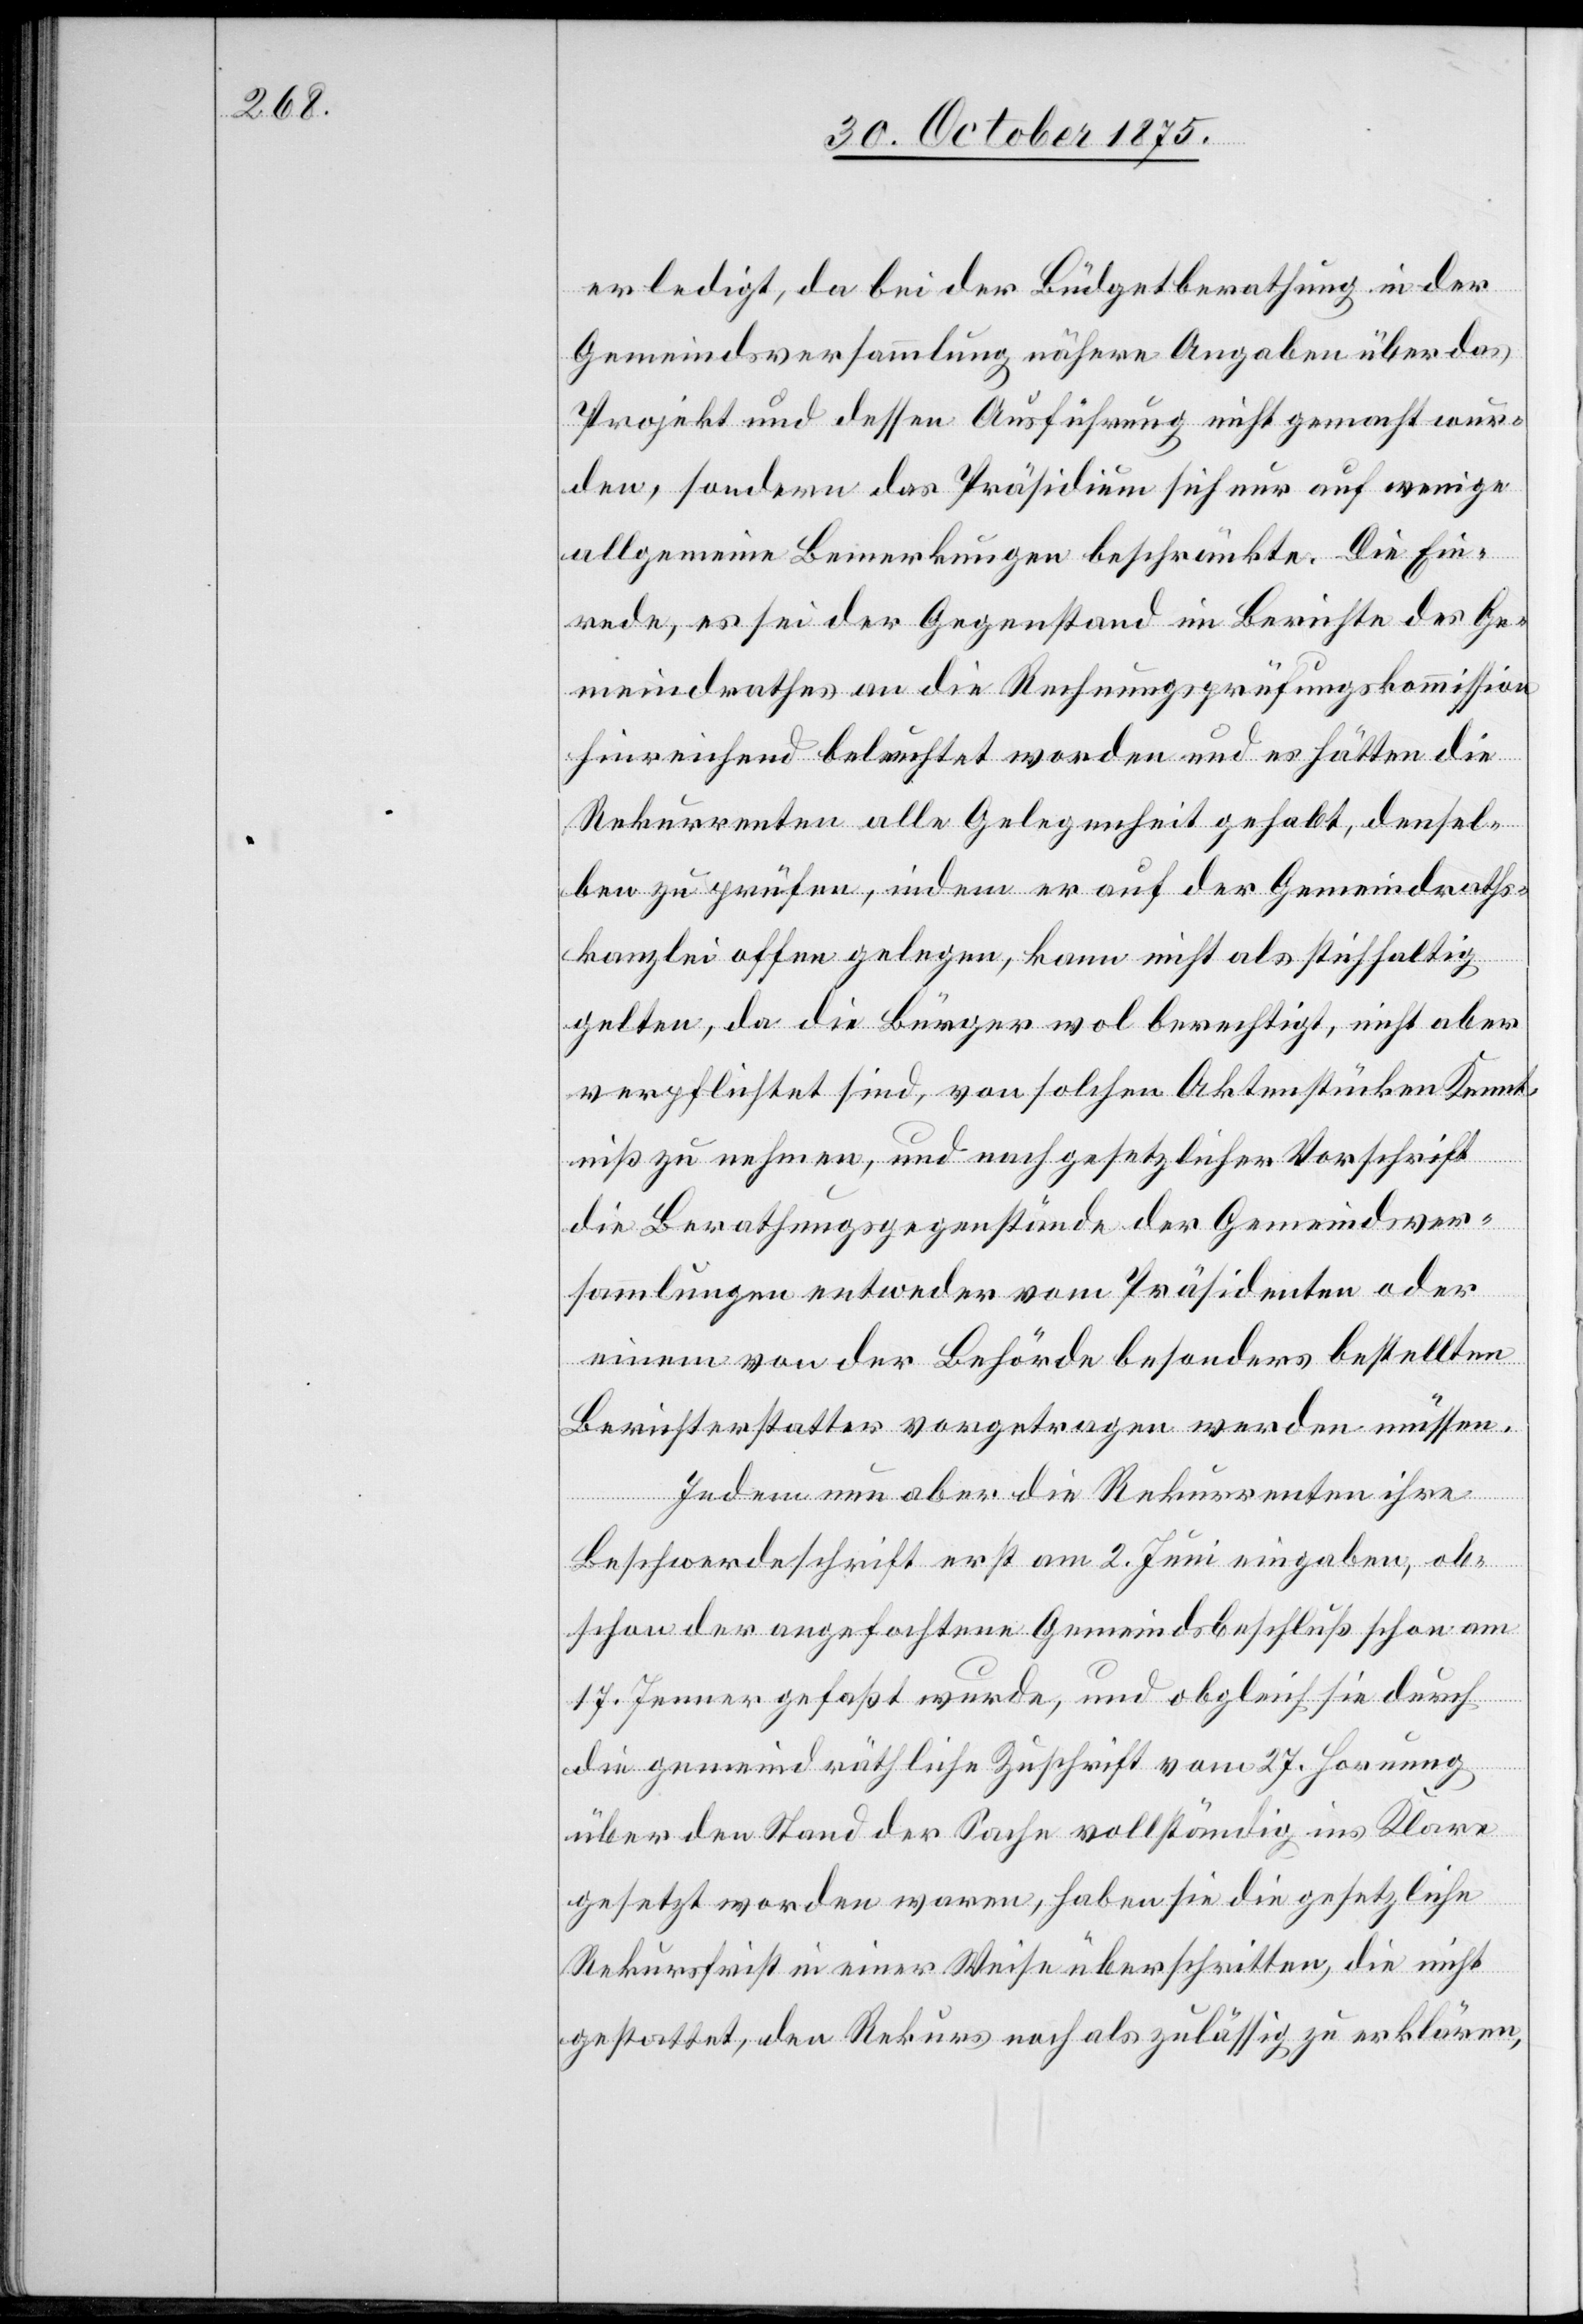
erledigt, da bei der Büdgetberathung in der
Gemeindsversammlung nähere Angaben über das
Projekt und dessen Ausführung nicht gemacht wur¬
den, sondern das Präsidium sich nur auf wenige
allgemeine Bemerkungen beschränkte. Die Ein¬
rede, es sei der Gegenstand im Berichte des Ge¬
meindrathes an die Rechnungsprüfungskommission
hinreichend beleuchtet worden und es hätten die
Rekurrenten alle Gelegenheit gehabt, densel¬
ben zu prüfen, indem er auf der Gemeindraths¬
kanzlei offen gelegen, kann nicht als stichhaltig
gelten, da die Bürger wol berechtigt, nicht aber
verpflichtet sind, von solchen Aktenstücken Kennt¬
niß zu nehmen, und nach gesetzlicher Vorschrift
die Berathungsgegenstände der Gemeindsver¬
sammlung entweder vom Präsidenten oder
einem von der Behörde besonders bestellten
Berichterstatter vorgetragen werden müssen.
Indem nun aber die Rekurrenten ihre
Beschwerdeschrift erst am 2. Juni eingaben, ob¬
schon der angefochtene Gemeindsbeschluß schon am
17. Jenner gefaßt wurde, und obgleich sie durch
die gemeindräthliche Zuschrift vom 27. Hornung
über den Stand der Sache vollständig ins Klare
gesetzt worden waren, haben sie die gesetzliche
Rekursfrist in einer Weise überschritten, die nicht
gestattet, den Rekurs noch als zulässig zu erklären,